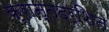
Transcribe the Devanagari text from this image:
क्रान्तदर्शिन